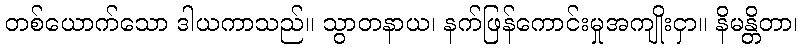
တစ်ယောက်သော ဒါယကာသည်။ သွာတနာယ၊ နက်ဖြန်ကောင်းမှုအကျိုးငှာ။ နိမန္တိတာ၊